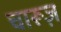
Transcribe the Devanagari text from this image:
चारूज़